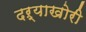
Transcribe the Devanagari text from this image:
दऱ्याखोरी